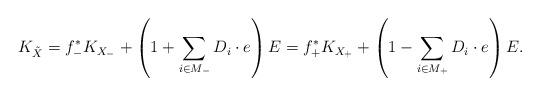
LaTeX: \begin{align*}K_{\tilde X}=f_-^*K_{X_-}+\left(1+\sum_{i\in M_-} D_i\cdot e\right)E=f_+^*K_{X_+}+\left(1-\sum_{i\in M_+} D_i\cdot e\right)E.\end{align*}